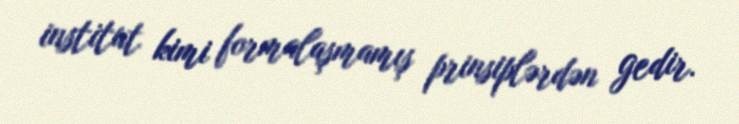
institut kimi formalaşmamış prinsiplərdən gedir.